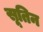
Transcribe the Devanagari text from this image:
सूतिन